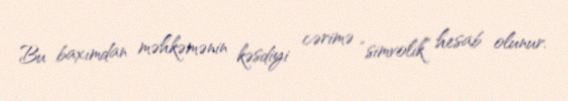
Bu baxımdan məhkəmənin kəsdiyi cərimə “simvolik” hesab olunur.